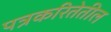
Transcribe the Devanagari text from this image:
पत्रकरितेतील